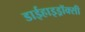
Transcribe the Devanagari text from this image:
डाईहाइड्रॉक्सी